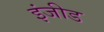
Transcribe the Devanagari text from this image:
इंजीड